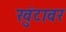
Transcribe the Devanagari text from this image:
खुंटावर